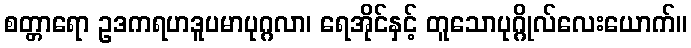
စတ္တာရော ဥဒကရဟဒူပမာပုဂ္ဂလာ၊ ရေအိုင်နှင့် တူသောပုဂ္ဂိုလ်လေးယောက်။